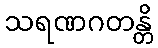
သရဏဂတန္တိ